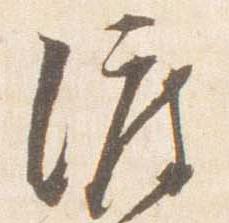
渡